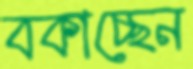
বকাচ্ছেন